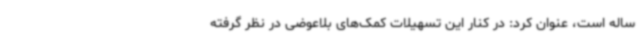
ساله است، عنوان کرد: در کنار این تسهیلات کمک‌های بلاعوضی در نظر گرفته